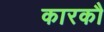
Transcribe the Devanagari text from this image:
कारकौ